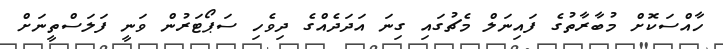
ހާއްސަކޮށް މުބާރާތުގެ ފައިނަލް މެޗުގައި ގިނަ އަދަދެއްގެ ދިވެހި ސަޕޯޓަރުން ވަނީ ފަލަސްތީނަށް